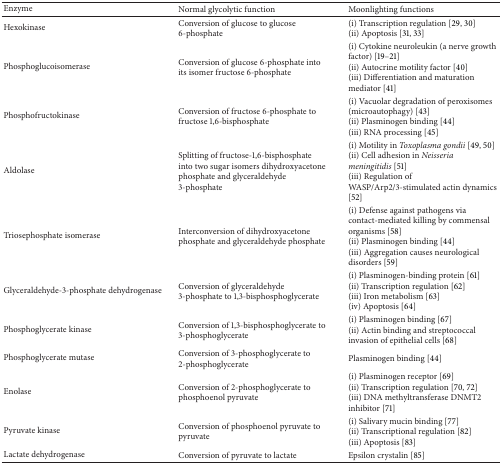
<table><thead><tr><td><b>Enzyme</b></td><td><b>Normal glycolytic function</b></td><td><b>Moonlighting functions</b></td></tr></thead><tbody><tr><td>Hexokinase</td><td>Conversion of glucose to glucose 6-phosphate</td><td>(i) Transcription regulation [29, 30] (ii) Apoptosis [31, 33] </td></tr><tr><td>Phosphoglucoisomerase</td><td>Conversion of glucose 6-phosphate into its isomer fructose 6-phosphate</td><td>(i) Cytokine neuroleukin (a nerve growth factor) [19–21] (ii) Autocrine motility factor [40] (iii) Differentiation and maturation mediator [41]</td></tr><tr><td>Phosphofructokinase</td><td>Conversion of fructose 6-phosphate to fructose 1,6-bisphosphate</td><td>(i) Vacuolar degradation of peroxisomes (microautophagy) [43] (ii) Plasminogen binding [44] (iii) RNA processing [45] </td></tr><tr><td>Aldolase</td><td>Splitting of fructose-1,6-bisphosphate into two sugar isomers dihydroxyacetone phosphate and glyceraldehyde 3-phosphate</td><td>(i) Motility in <i>Toxoplasma gondii</i> [49, 50] (ii) Cell adhesion in <i>Neisseria meningitidis</i> [51] (iii) Regulation of WASP/Arp2/3-stimulated actin dynamics [52]</td></tr><tr><td>Triosephosphate isomerase</td><td>Interconversion of dihydroxyacetone phosphate and glyceraldehyde phosphate</td><td>(i) Defense against pathogens via contact-mediated killing by commensal organisms [58] (ii) Plasminogen binding [44] (iii) Aggregation causes neurological disorders [59]</td></tr><tr><td>Glyceraldehyde-3-phosphate dehydrogenase </td><td>Conversion of glyceraldehyde 3-phosphate to 1,3-bisphosphoglycerate</td><td>(i) Plasminogen-binding protein [61] (ii) Transcription regulation [62] (iii) Iron metabolism [63] (iv) Apoptosis [64]</td></tr><tr><td>Phosphoglycerate kinase</td><td>Conversion of 1,3-bisphosphoglycerate to 3-phosphoglycerate</td><td>(i) Plasminogen binding [67] (ii) Actin binding and streptococcal invasion of epithelial cells [68]</td></tr><tr><td>Phosphoglycerate mutase</td><td>Conversion of 3-phosphoglycerate to 2-phosphoglycerate</td><td>Plasminogen binding [44]</td></tr><tr><td>Enolase</td><td>Conversion of 2-phosphoglycerate to phosphoenol pyruvate</td><td>(i) Plasminogen receptor [69] (ii) Transcription regulation [70, 72] (iii) DNA methyltransferase DNMT2 inhibitor [71]</td></tr><tr><td>Pyruvate kinase</td><td>Conversion of phosphoenol pyruvate to pyruvate</td><td>(i) Salivary mucin binding [77] (ii) Transcriptional regulation [82] (iii) Apoptosis [83]</td></tr><tr><td>Lactate dehydrogenase</td><td>Conversion of pyruvate to lactate</td><td>Epsilon crystalin [85] </td></tr></tbody></table>